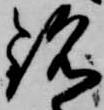
銘